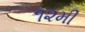
૧૨મી